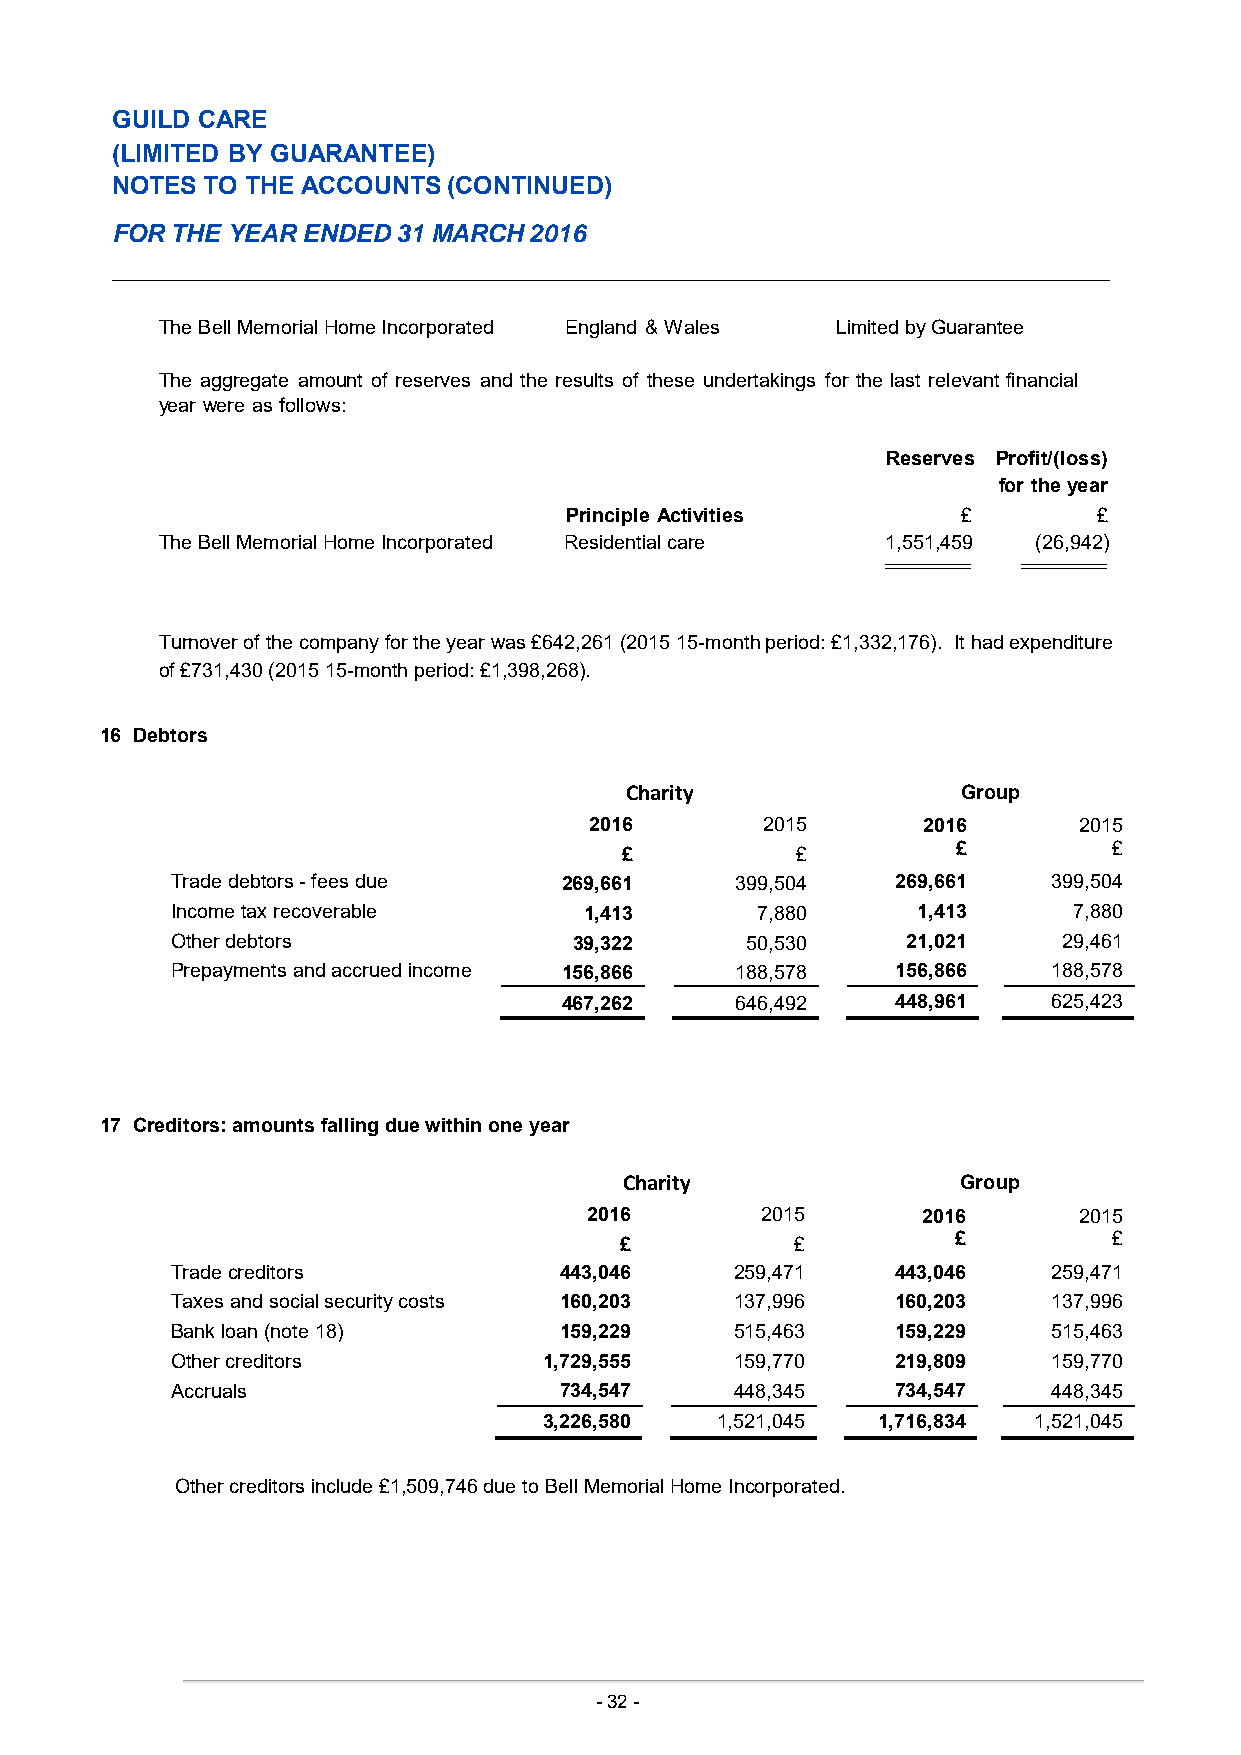
GUILD CARE
 (LIMITED BY GUARANTEE)
 NOT ES TO THE ACCOUNTS (CONTINUED)
 FOR THE YEAR ENDED 31 MARCH 2016
 The Bell Memorial Home Incorporated England & Wales Limited by Guarantee
 The aggregate amount of reserves and the results of these undertakings for the last relevant financial
 year were as follows:
 Reserves Profit/(loss)
 for the year
 Principle Activities       £        £
 The Bell Memorial Home Incorporated Residential care 1,551,459 (26,942)
 Turnover of the company for the year was £642,261 (2015 15-month period: £1,332,176). It had expenditure
 of £731,430 (2015 15-month period: £1,398,268).
 16 Debtors
 Charity                Group
 2016       2015       2016      2015
 £           £         £          £
 Trade debtors - fees due  269,661     399,504   269,661    399,504
 Income tax recoverable      1,413      7,880      1,413     7,880
 Other debtors              39,322     50,530     21,021    29,461
 Prepayments and accrued income 156,866 188,578  156,866    188,578
 467,262     646,492   448,961    625,423
 17 Creditors: amounts falling due within one year
 Charity                Group
 2016       2015       2016      2015
 £           £         £          £
 Trade creditors           443,046     259,471   443,046    259,471
 Taxes and social security costs 160,203 137,996 160,203    137,996
 Bank loan (note 18)       159,229     515,463   159,229    515,463
 Other creditors          1,729,555    159,770   219,809    159,770
 Accruals                  734,547     448,345   734,547    448,345
 3,226,580  1,521,045  1,716,834 1,521,045
 Other creditors include £1,509,746 due to Bell Memorial Home Incorporated.
 - 32 -